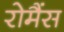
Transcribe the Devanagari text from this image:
रोमैंस